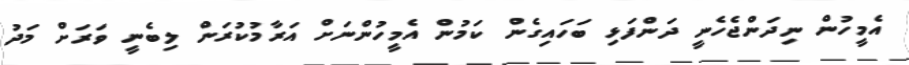
އެމީހުން ނިދަންޖެހެނީ ދަންފަޅި ބަހައިގެން ކަމުން އެމީހުންނަށް އަރާމުކުރަން ލިބެނީ ވަރަށް މަދު